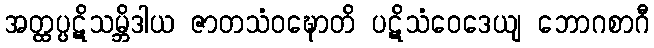
အတ္ထပ္ပဋိသမ္ဘိဒါယ ဇာတသံဝဍ္ဎောတိ ပဋိသံဝေဒေယျ ဘောဂစာဂီ